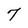
Character: 7